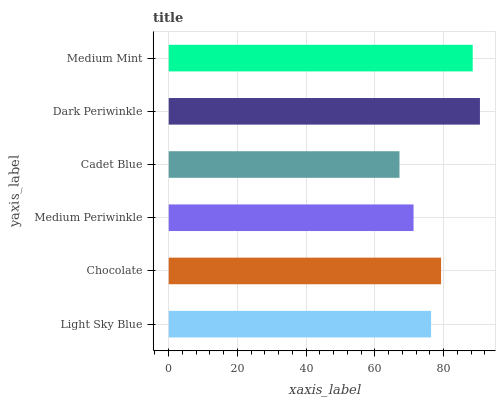
| yaxis_label | bars |
 | --- | --- |
 | Light Sky Blue | 76.3 |
 | Chocolate | 79.3 |
 | Medium Periwinkle | 71.2 |
 | Cadet Blue | 67.1 |
 | Dark Periwinkle | 90.6 |
 | Medium Mint | 88.5 |